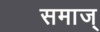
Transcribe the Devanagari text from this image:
समाज्